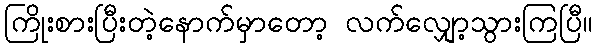
ကြိုးစားပြီးတဲ့နောက်မှာတော့ လက်လျှော့သွားကြပြီ။